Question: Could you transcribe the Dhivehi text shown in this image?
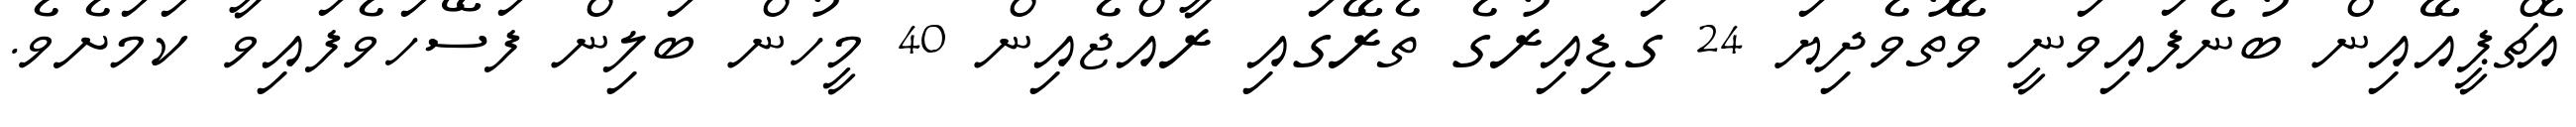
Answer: އެޗްޕީއޭއިން ބުނެފައިވަނީ ވޭތުވެދިޔަ 24 ގަޑިއިރުގެ ތެރޭގައި ރާއްޖެއިން 40 މީހުން ބަލިން ފަސޭހަވެފައިވާ ކަމަށެވެ.